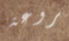
بروعة